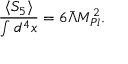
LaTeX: \frac { \left< S _ { 5 } \right> } { \int d ^ { 4 } x } = 6 \bar { \Lambda } M _ { P l } ^ { 2 } .